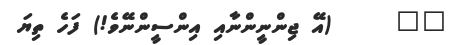
٢٨     (އޭ ޖިންނީންނާއި އިންސީންނޭވެ!) ފަހެ ތިޔަ